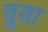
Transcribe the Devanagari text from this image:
चुया